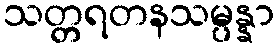
သတ္တရတနသမ္ပန္နာ